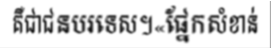
គឺជាជនបរទេស។«ផ្នែកសំខាន់